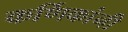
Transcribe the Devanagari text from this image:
कर्णिकांनी